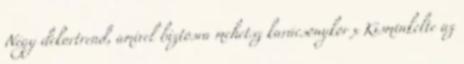
Négy dekortrend, amivel biztosra mehetsz karácsonykor x Kisminkelte az